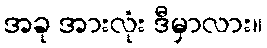
အခု အားလုံး ဒီမှာလား။